Report on vaccination in Madras 1877-1894 - 1877-1894
Year: 1877
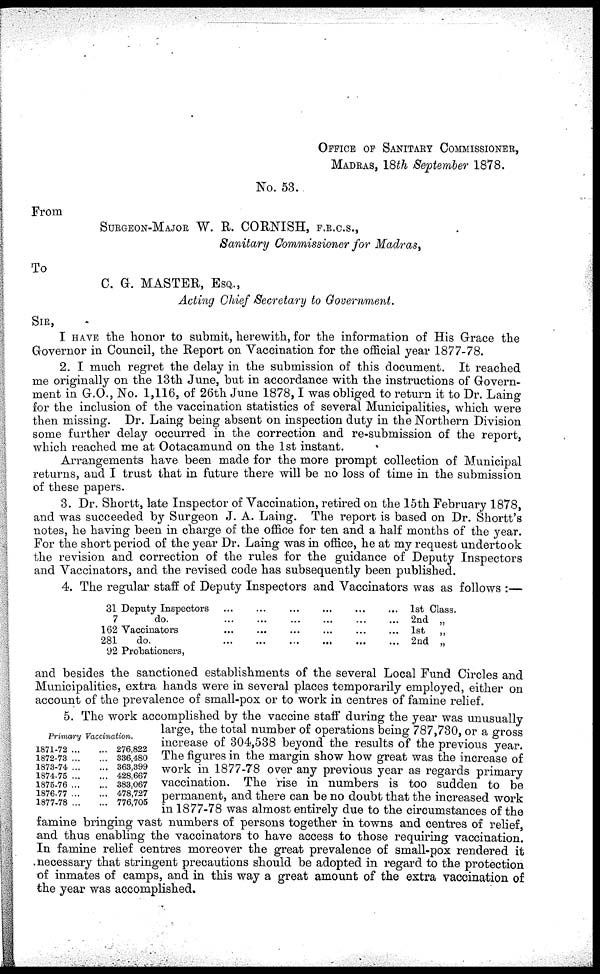
OFFICE OF SANITARY COMMISSIONER,
MADRAS, 18th September 1878.
No. 53.
From
SURGEON-MAJOR W. R. CORNISH, F.R.C.S.,
Sanitary Commissioner for Madras,
To
C. G. MASTER, ESQ.,
Acting Chief Secretary to Government.
SIR,
I HAVE the honor to submit, herewith, for the information of His Grace the
Governor in Council, the Report on Vaccination for the official year 1877-78.
2. I much regret the delay in the submission of this document. It reached
me originally on the 13th June, but in accordance with the instructions of Govern-
ment in G.O., No. 1,116, of 26th June 1878,I was obliged to return it to Dr. Laing
for the inclusion of the vaccination statistics of several Municipalities, which were
then missing. Dr. Laing being absent on inspection duty in the Northern Division
some further delay occurred in the correction and re-submission of the report,
which reached me at Ootacamund on the 1st instant.
Arrangements have been made for the more prompt collection of Municipal
returns, and I trust that in future there will be no loss of time in the submission
of these papers.
3. Dr. Shortt, late Inspector of Vaccination, retired on the 15th February 1878,
and was succeeded by Surgeon J. A. Laing. The report is based on Dr. Shortt's
notes, he having been in charge of the office for ten and a half months of the year.
For the short period of the year Dr. Laing was in office, he at my request undertook
the revision and correction of the rules for the guidance of Deputy Inspectors
and Vaccinators, and the revised code has subsequently been published.
4. The regular staff of Deputy Inspectors and Vaccinators was as follows :—
31 Deputy Inspectors
...
...
...
...
...
...
7
do.
...
...
...
...
...
162 Vaccinators
...
...
...
...
...
...
281
do.
...
...
...
...
...
...
92 Probationers,
1st Class.
2nd „
1st „
2nd „
and besides the sanctioned establishments of the several Local Fund Circles and
Municipalities, extra hands were in several places temporarily employed, either on
account of the prevalence of small-pox or to work in centres of famine relief.
Primary Vaccination.
1871-72 ... ...
1872-73 ... ...
1873-74
...
...
1874-75
...
...
1875-76 ... ...
1876-77
...
...
1877-78 ... ...
276,822
336,480
363,399
428,667
383,067
478,727
776,705
5. The work accomplished by the vaccine staff during the year was unusually
large, the total number of operations being 787,730, or a gross
increase of 304,538 beyond the results of the previous year.
The figures in the margin show how great was the increase of
work in 1877-78 over any previous year as regards primary
vaccination. The rise in numbers is too sudden to be
permanent, and there can be no doubt that the increased work
in 1877-78 was almost entirely due to the circumstances of the
famine bringing vast numbers of persons together in towns and centres of relief,
and thus enabling the vaccinators to have access to those requiring vaccination.
In famine relief centres moreover the great prevalence of small-pox rendered it
necessary that stringent precautions should be adopted in regard to the protection
of inmates of camps, and in this way a great amount of the extra vaccination of
the year was accomplished.